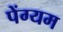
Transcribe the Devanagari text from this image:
पेंग्यम